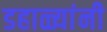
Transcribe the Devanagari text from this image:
डहाळ्यांनी